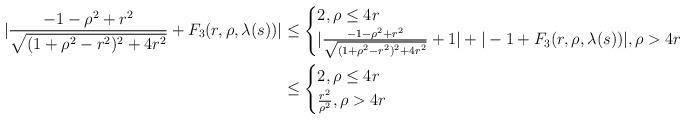
LaTeX: \begin{align*} |\frac{-1-\rho^{2}+r^{2}}{\sqrt{(1+\rho^{2}-r^{2})^{2}+4r^{2}}}+F_{3}(r,\rho,\lambda(s))| &\leq \begin{cases} 2, \rho \leq 4r\\|\frac{-1-\rho^{2}+r^{2}}{\sqrt{(1+\rho^{2}-r^{2})^{2}+4r^{2}}}+1|+|-1+F_{3}(r,\rho,\lambda(s))|, \rho > 4r\end{cases}\\&\leq \begin{cases} 2, \rho\leq 4r\\\frac{r^{2}}{\rho^{2}}, \rho > 4r\end{cases}\end{align*}